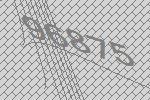
96875